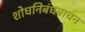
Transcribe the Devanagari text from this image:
शोधनिबंधवाचन